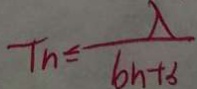
T _ { n } \leq \frac { \lambda } { b _ { n } + b }